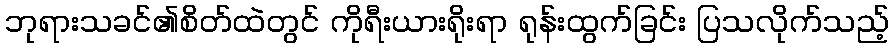
ဘုရားသခင်၏စိတ်ထဲတွင် ကိုရီးယားရိုးရာ ရုန်းထွက်ခြင်း ပြသလိုက်သည့်